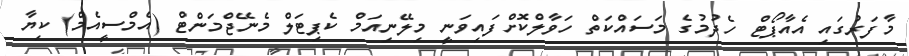
މާފަރުގައި އެއާޕޯޓް ހެދުމުގެ މަސައްކަތް ހަވާލްކޮށްފައިވަނީ މިލޭނިއަމް ކެޕިޓަލް މެނޭޖްމަންޓް (އެމްސީއެމް) ކިޔާ